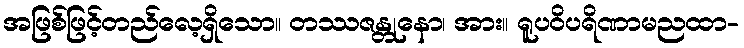
အဖြစ်ဖြင့်တည်လေ့ရှိသော။ တဿဇန္တုနော၊ အား။ ရူပဝိပရိဏာမညထာ-